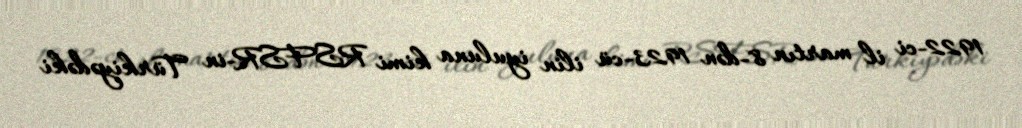
1922-ci il martın 8-dən 1923-cü ilin iyuluna kimi RSFSR-in Türkiyədəki